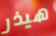
هيذر